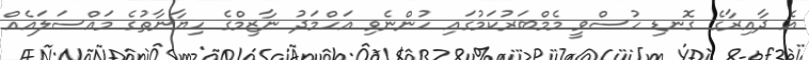
އެ ދާއިރާގެ ގޮނޑި ހުސްވީ މެމްބަރުކަމުގައި ހުންނެވި އަހްމަދު ނާޒިމްގެ ހިޔާނާތުގެ މައްސަލައެއް